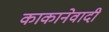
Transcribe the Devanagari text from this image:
काकानेवादी